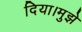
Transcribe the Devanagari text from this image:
दिया।मुझे